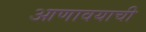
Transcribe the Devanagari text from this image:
आणावयाची